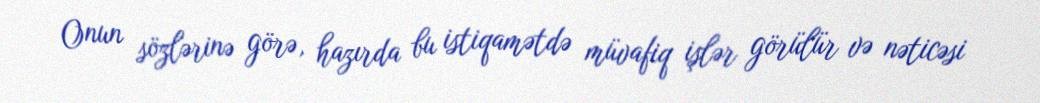
Onun sözlərinə görə, hazırda bu istiqamətdə müvafiq işlər görülür və nəticəsi